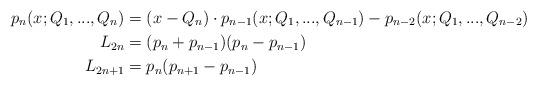
LaTeX: \begin{align*}p_n(x;Q_1,...,Q_n) &= (x-Q_n)\cdot p_{n-1}(x;Q_1,...,Q_{n-1}) - p_{n-2}(x;Q_1,...,Q_{n-2})\\L_{2n} &= (p_n + p_{n-1})(p_n - p_{n-1}) \\ L_{2n+1} &= p_n(p_{n+1} - p_{n-1})\end{align*}